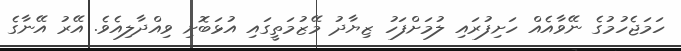
ހަމަޖެހުމުގެ ނޭވާއެއް ހަށިފުރައި ލުމަށްފަހު ޒިޔާދު މޭޒުމަތީގައި އުޅަބޮށި ވިއްދާލިއެވެ. އޭރު އޭނާގެ